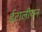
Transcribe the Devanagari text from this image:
ईटालीयन